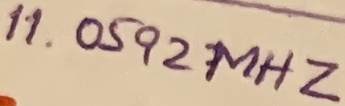
Text: 11.0592MHZ